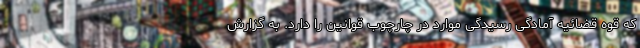
که قوه قضائیه آمادگی رسیدگی موارد در چارچوب قوانین را دارد. به گزارش